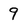
Character: 9